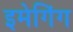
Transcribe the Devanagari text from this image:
इमेगिंग